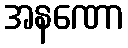
အနဏော